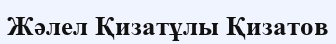
Жәлел Қизатұлы Қизатов